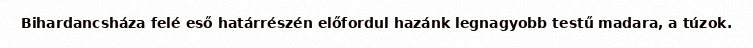
Bihardancsháza felé eső határrészén előfordul hazánk legnagyobb testű madara, a túzok.